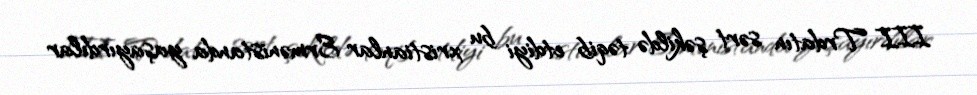
III Trdatın sərt şəkildə təqib etdiyi bu xristianlar Ermənistanda yaşayırdılar